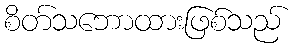
စိတ်သဘောထားဖြစ်သည်